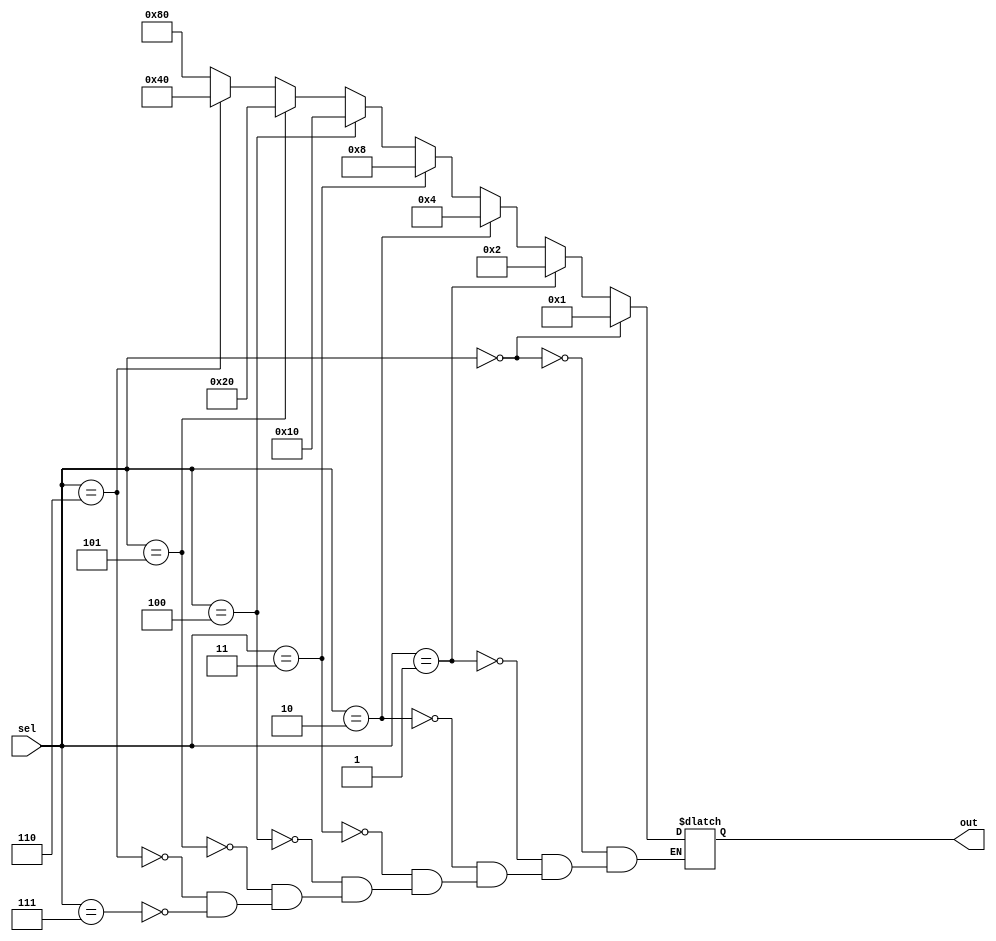
module decoder_3to8(sel,out);

input [2:0]sel;
reg [7:0]y;
output [7:0]out;

always@(sel) begin
    if(sel==3'b000) y<=8'b00000001;
    else if(sel==3'b001) y<=8'b00000010;
    else if(sel==3'b010) y<=8'b00000100;
    else if(sel==3'b011) y<=8'b00001000;
    else if(sel==3'b100) y<=8'b00010000;
    else if(sel==3'b101) y<=8'b00100000;
    else if(sel==3'b110) y<=8'b01000000;
    else if(sel==3'b111) y<=8'b10000000;
end

assign out=y;
endmodule